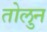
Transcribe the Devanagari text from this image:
तोलुन